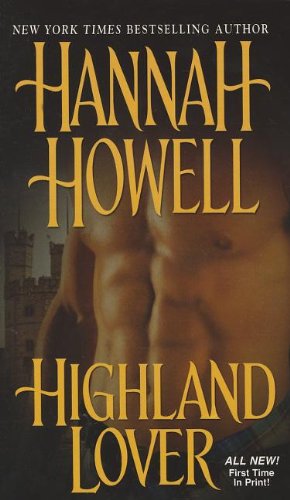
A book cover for Highland Lover; Hannah Howell; Romance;